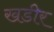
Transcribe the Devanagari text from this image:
खडीर